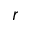
r